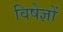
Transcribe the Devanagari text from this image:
विषेज्ञों